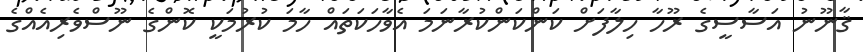
ޤާނޫނު އަސާސީގެ ރޫހާ ހިލާފަށް ކަންކަންކުރާނަމަ އެވާހަކަތައް ހާމަ ކުރުމަކީ ކޮންގެ ނޫސްވެރިއެއްގެ